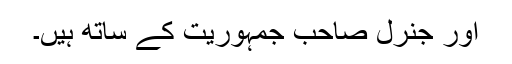
اور جنرل صاحب جمہوریت کے ساتھ ہیں۔